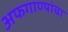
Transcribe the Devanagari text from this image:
अफगाण्यांचा